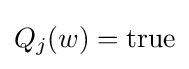
Q_{j}(w)={\text{true}}